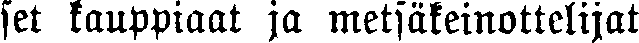
set kauppiaat ja metsäkeinottelijat